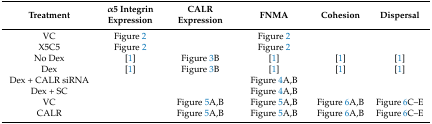
<table><thead><tr><td><b>Treatment</b></td><td><b>α5 Integrin Expression</b></td><td><b>CALR Expression</b></td><td><b>FNMA</b></td><td><b>Cohesion</b></td><td><b>Dispersal</b></td></tr></thead><tbody><tr><td>VC</td><td>Figure 2</td><td></td><td>Figure 2</td><td></td><td></td></tr><tr><td>X5C5</td><td>Figure 2</td><td></td><td>Figure 2</td><td></td><td></td></tr><tr><td>No Dex</td><td>[1]</td><td>Figure 3B</td><td>[1]</td><td>[1]</td><td>[1]</td></tr><tr><td>Dex</td><td>[1]</td><td>Figure 3B</td><td>[1]</td><td>[1]</td><td>[1]</td></tr><tr><td>Dex + CALR siRNA</td><td></td><td></td><td>Figure 4A,B</td><td></td><td></td></tr><tr><td>Dex + SC</td><td></td><td></td><td>Figure 4A,B</td><td></td><td></td></tr><tr><td>VC</td><td></td><td>Figure 5A,B</td><td>Figure 5A,B</td><td>Figure 6A,B</td><td>Figure 6C–E</td></tr><tr><td>CALR</td><td></td><td>Figure 5A,B</td><td>Figure 5A,B</td><td>Figure 6A,B</td><td>Figure 6C–E</td></tr></tbody></table>